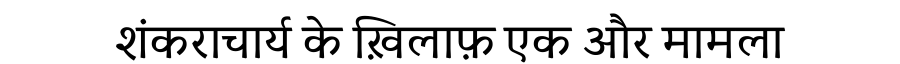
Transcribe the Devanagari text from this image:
शंकराचार्य के ख़िलाफ़ एक और मामला